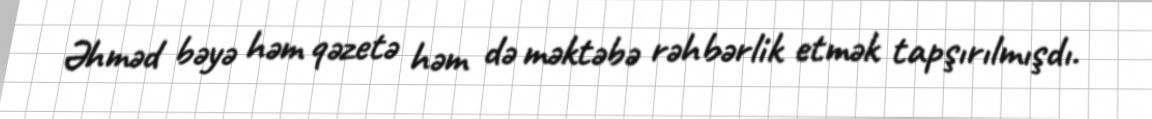
Əhməd bəyə həm qəzetə həm də məktəbə rəhbərlik etmək tapşırılmışdı.